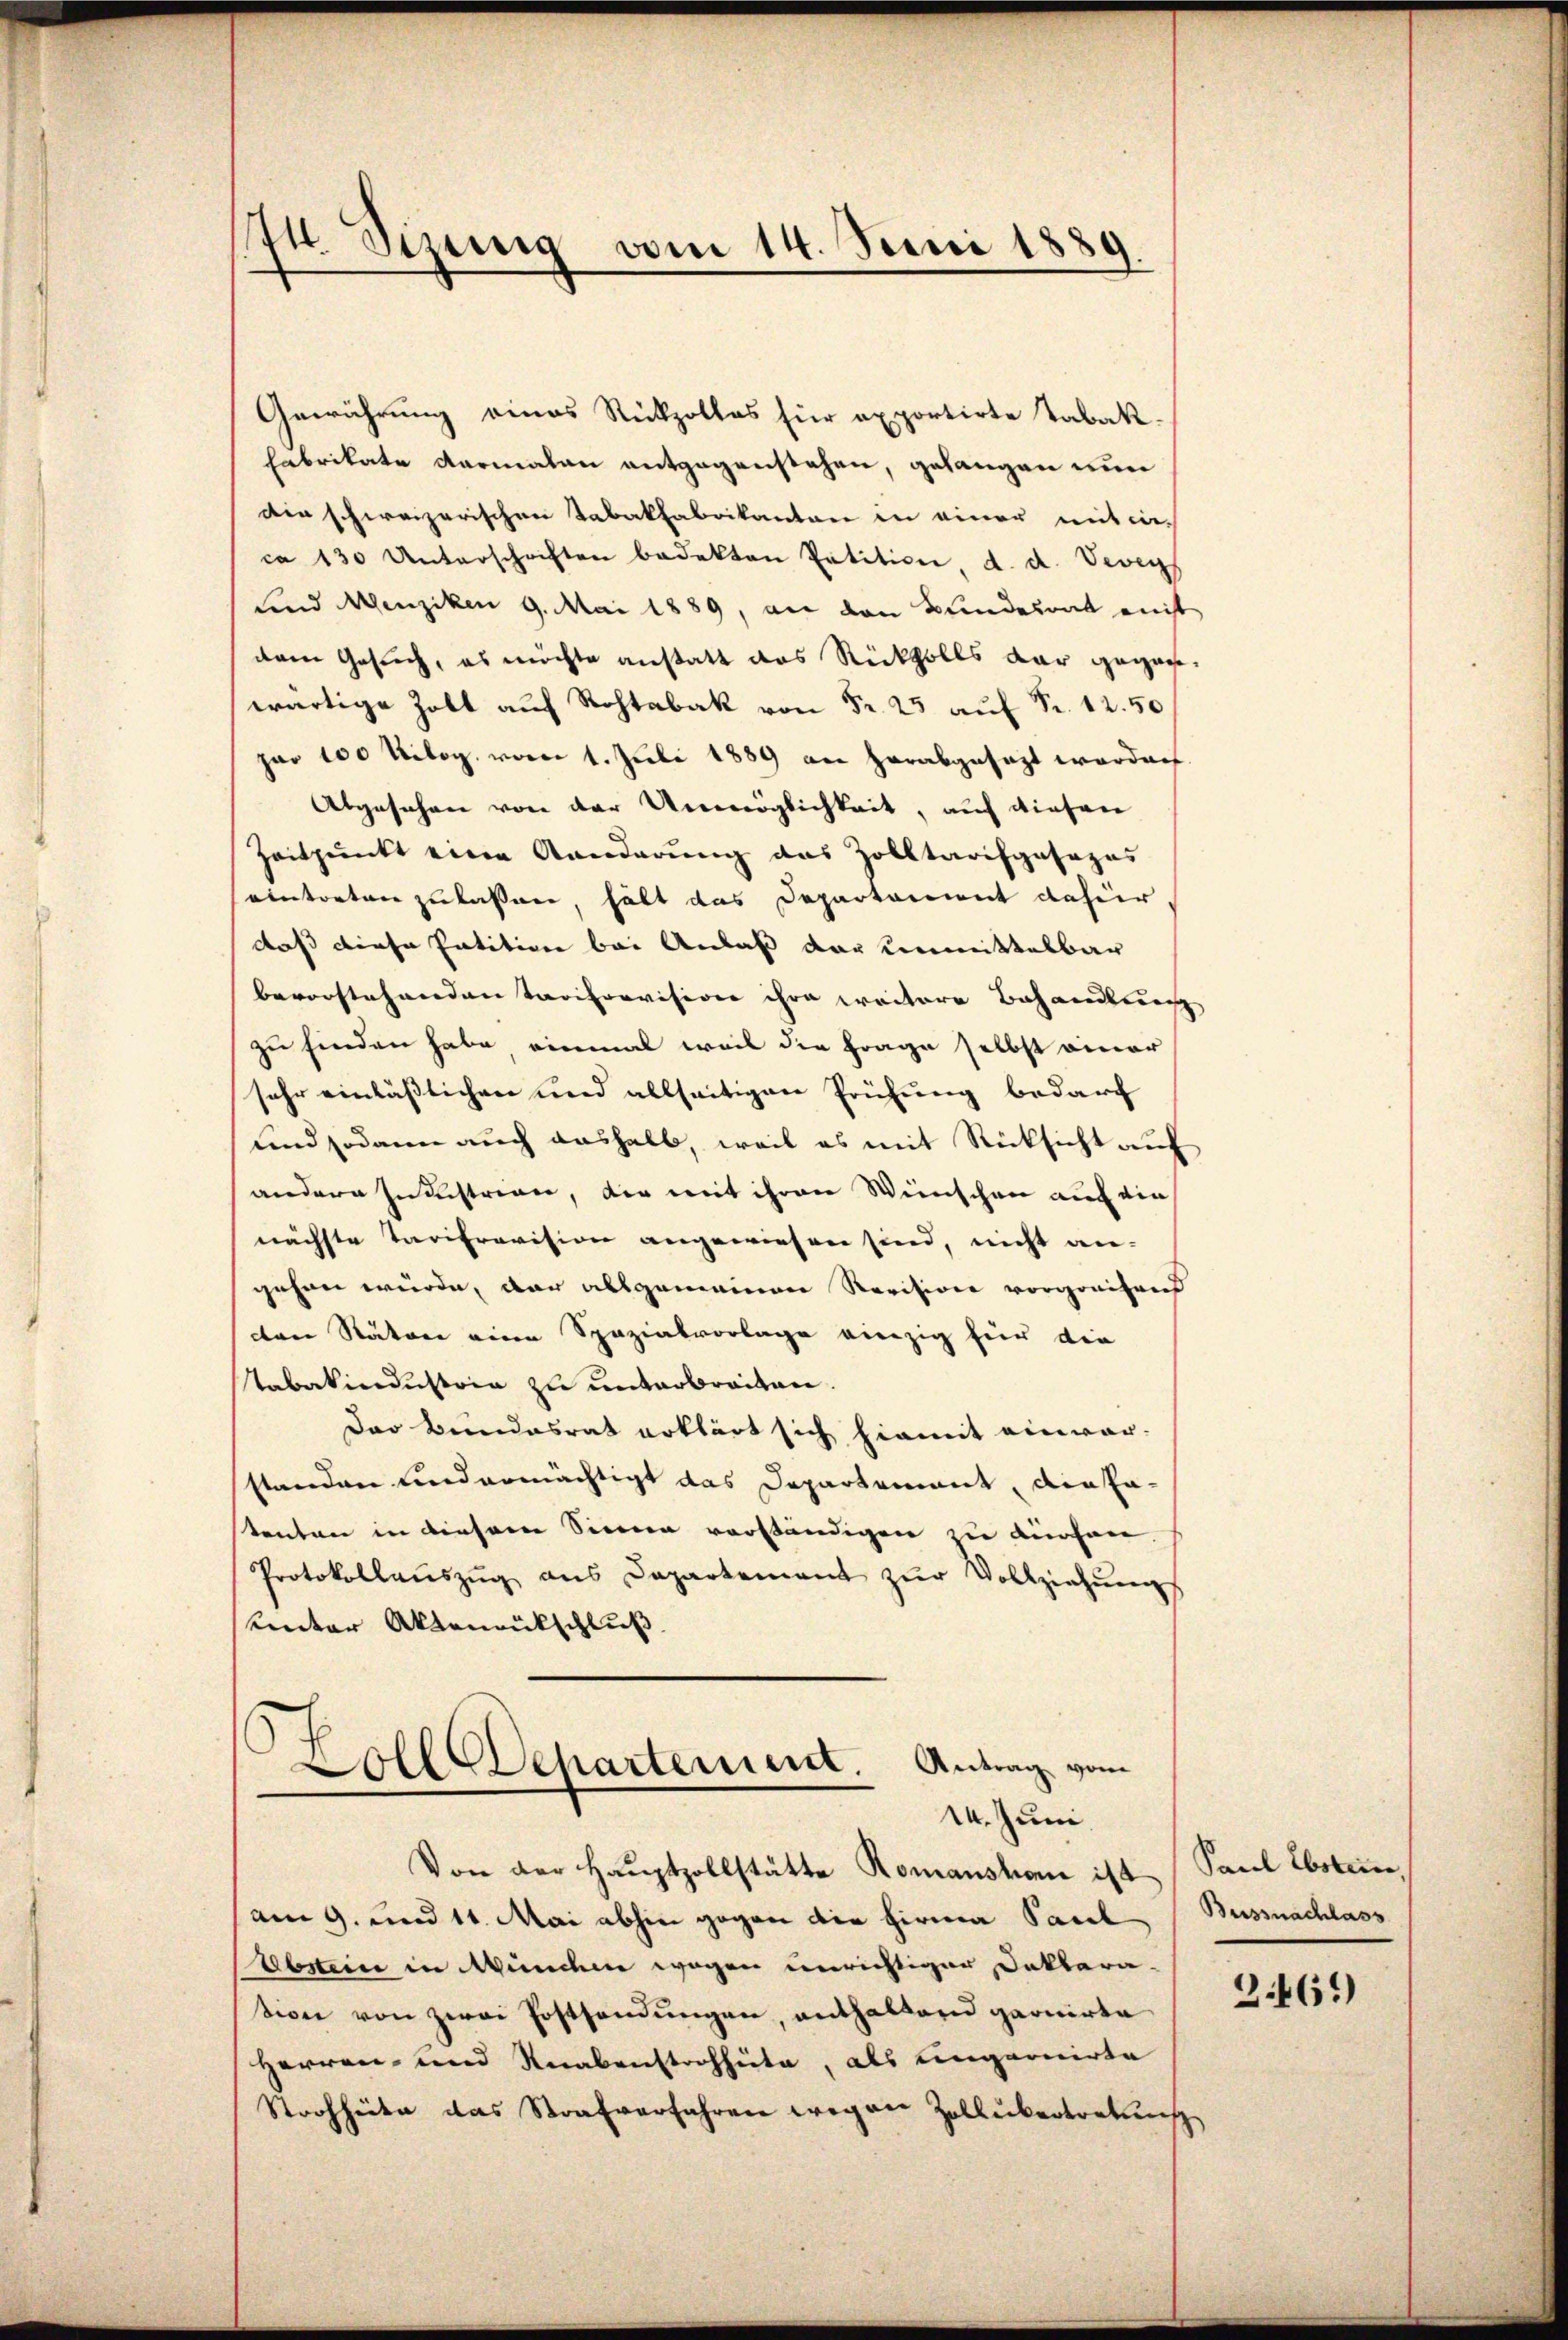
74. Sizung vom 14. Juni 1889.

Gewährung eines Rückzolles für exportirte Tabak-
Fabrikate dermalen entgegenstehen, gelangen nun
die schweizerischen Tabakfabrikanton in einer mit die-
ca 130 Unterschriften bedekten Petitioni, d. d. Vevey
und Menziken 9. Mai 1889, an den Bundesrat nicht
dem Gesuch, es möchte anstatt das Rückfalls dar geganwärtige Zoll auf Rohtabak von Fr. 25 auf Fr. 12.50
por 100 Kilog. vom 1. Juli 1889 am herabgesetzt werden.
Abgesehen von der Unmöglichkeit, auf diesen
Zeitpunkt eine Kanderung das Zolltarifgasozus
eintreten zulassen, hält das Departament dahier
daß diese Patition bei Anlaß der unmittelbar
bevorstehenden Taciprovisirer ihre weitere Behandlung
zu finden habe, einmal weil die Frage selbst einer
sehr einläßlichen und allseitigen Prüfung bedarf
und sodann auch aushalb, weil es mit Rücksicht auf
andern Industrien, der mit ihren Wünschen auf die
nächste Tarifravision angewiesen sind, nicht an-
gehen wurde, dar allgemeiner Revision vorgreifend
den Natore eine Spazialvorlage vierzig für die
Tabakindustria zu unterbreiten.
Das Bundesrat erklärt sich hiemit einwar-
standen und ermächtigt das Departement, die Fatenten in diesem Sinne vorständigen zu dürfen,
Protokollauszug aus Departement zŭr Vollziehungs
Unter Aktenrückschluß

oll Departement. Antrag vom
14. Juni.

Von der Hauptzollstätte Romanshom ist Paul Ebsten,
am 9. und 11. Mai abhin gegen die Firma Sacel
Abstein in Wunder wegen unrichtiger Doktora
sion von zwei Erstsendungen, enthaltend garnirte
Herren- und Rerabenstrohheite, als ungarnirte
Strohheite das Strafverfahren wegen Zollikertretunis

Bussnachlass

2461)